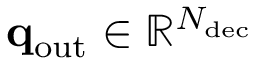
\mathbf { q } _ { \mathrm { o u t } } \in \mathbb { R } ^ { N _ { \mathrm { d e c } } }